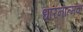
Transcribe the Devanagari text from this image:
धारनात्मक